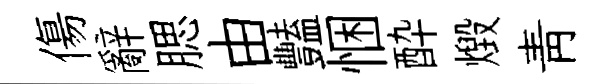
傷辭腮由豔悃酔燬青